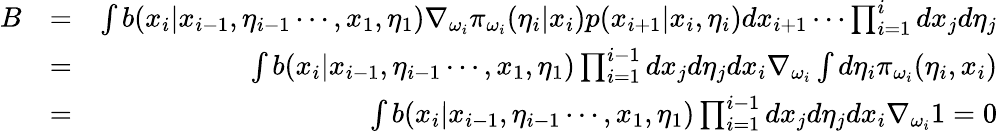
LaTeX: \begin{array}{rlr}{B}&{=}&{\int b(x_{i}|x_{i-1},\eta_{i-1}\cdots,x_{1},\eta_{1})\nabla_{\omega_{i}}\pi_{\omega_{i}}(\eta_{i}|x_{i})p(x_{i+1}|x_{i},\eta_{i})dx_{i+1}\cdots\prod_{i=1}^{i}dx_{j}d\eta_{j}}\\ &{=}&{\int b(x_{i}|x_{i-1},\eta_{i-1}\cdots,x_{1},\eta_{1})\prod_{i=1}^{i-1}dx_{j}d\eta_{j}dx_{i}\nabla_{\omega_{i}}\int d\eta_{i}\pi_{\omega_{i}}(\eta_{i},x_{i})}\\ &{=}&{\int b(x_{i}|x_{i-1},\eta_{i-1}\cdots,x_{1},\eta_{1})\prod_{i=1}^{i-1}dx_{j}d\eta_{j}dx_{i}\nabla_{\omega_{i}}1=0}\end{array}